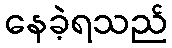
နေခဲ့ရသည်